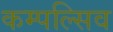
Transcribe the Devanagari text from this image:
कम्पल्सिव